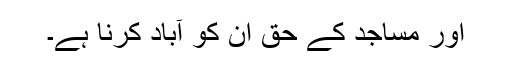
اور مساجد کے حق اُن کو آباد کرنا ہے۔